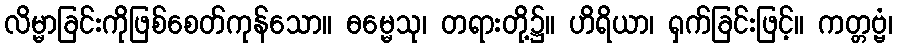
လိမ္မာခြင်းကိုဖြစ်စေတ်ကုန်သော။ ဓမ္မေသု၊ တရားတို့၌။ ဟိရိယာ၊ ရှက်ခြင်းဖြင့်။ ကတ္တဗ္ဗံ၊